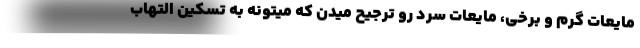
مایعات گرم و برخی، مایعات سرد رو ترجیح میدن که میتونه به تسکین التهاب